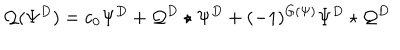
\mathcal { Q } ( \Psi ^ { D } ) = c _ { 0 } \Psi ^ { D } + \mathcal { Q } ^ { D } \star \Psi ^ { D } + ( - 1 ) ^ { G ( \Psi ) } \Psi ^ { D } \star \mathcal { Q } ^ { D }